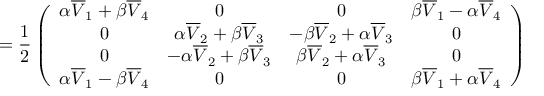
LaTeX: = { \frac { 1 } { 2 } } \left( \begin{array} { c c c c } { { \alpha \overline { { { V } } } _ { 1 } + \beta \overline { { { V } } } _ { 4 } } } & { { 0 } } & { { 0 } } & { { \beta \overline { { { V } } } _ { 1 } - \alpha \overline { { { V } } } _ { 4 } } } \\ { { 0 } } & { { \alpha \overline { { { V } } } _ { 2 } + \beta \overline { { { V } } } _ { 3 } } } & { { - \beta \overline { { { V } } } _ { 2 } + \alpha \overline { { { V } } } _ { 3 } } } & { { 0 } } \\ { { 0 } } & { { - \alpha \overline { { { V } } } _ { 2 } + \beta \overline { { { V } } } _ { 3 } } } & { { \beta \overline { { { V } } } _ { 2 } + \alpha \overline { { { V } } } _ { 3 } } } & { { 0 } } \\ { { \alpha \overline { { { V } } } _ { 1 } - \beta \overline { { { V } } } _ { 4 } } } & { { 0 } } & { { 0 } } & { { \beta \overline { { { V } } } _ { 1 } + \alpha \overline { { { V } } } _ { 4 } } } \end{array} \right)